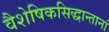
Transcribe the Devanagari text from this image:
वैशेषिकसिद्धान्तानां